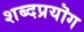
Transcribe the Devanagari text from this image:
शब्दप्रयॊग